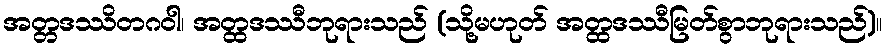
အတ္တဒဿိတဂဝါ၊ အတ္ထဒဿီဘုရားသည် (သို့မဟုတ် အတ္ထဒဿီမြတ်စွာဘုရားသည်)။